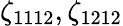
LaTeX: \zeta_{1112},\zeta_{1212}